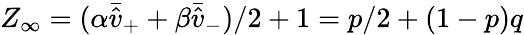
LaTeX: Z_{\infty}=(\alpha\bar{\hat{v}}_{+}+\beta\bar{\hat{v}}_{-})/2+1=p/2+(1-p)q